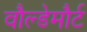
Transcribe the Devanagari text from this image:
वौल्डेमौर्ट